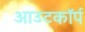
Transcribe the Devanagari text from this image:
आउटकॉर्प